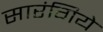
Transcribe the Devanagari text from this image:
सारंगिये